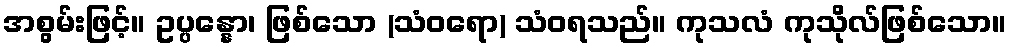
အစွမ်းဖြင့်။ ဥပ္ပန္နော၊ ဖြစ်သော (သံဝရော) သံဝရသည်။ ကုသလံ ကုသိုလ်ဖြစ်သော။